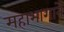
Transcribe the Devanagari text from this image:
महाभागाने